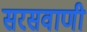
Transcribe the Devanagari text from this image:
सरसवाणी